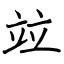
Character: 竝